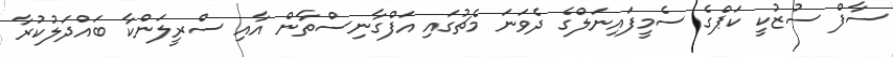
ސާފް ސުޒުކީ ކަޕްގެ ސެމީފައިނަލްގެ ދެވަނަ މެޗުގައި އަފްގާނިސްތާން އާއި ސްރީލަންކާ ބައްދަލުކުރާ